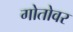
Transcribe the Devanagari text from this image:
गोतोवर